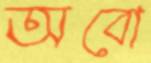
অবো